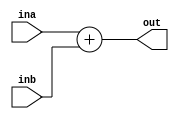
`timescale 1ns / 1ps
//////////////////////////////////////////////////////////////////////////////////
// Company: 
// Engineer: 
// 
// Design Name: 
// Module Name: adder
// Project Name: 
// Target Devices: 
// Tool Versions: 
// Description: 
// 
// Dependencies: 
// 
// Revision:
// Revision 0.01 - File Created
// Additional Comments:
// 
//////////////////////////////////////////////////////////////////////////////////


module adder(
    input [31:0] ina, inb,
    output reg [31:0] out
    );
    
    always @(ina or inb)
    begin
        out = ina+inb;
    end
endmodule